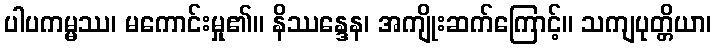
ပါပကမ္မဿ၊ မကောင်းမှု၏။ နိဿန္ဒေန၊ အကျိုးဆက်ကြောင့်။ သကျပုတ္တိယာ၊